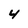
Character: 4